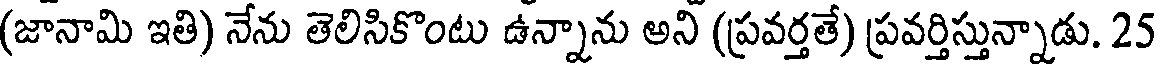
(జానామి ఇతి) నేను తెలిసికొంటు ఉన్నాను అని (ప్రవర్తతే) ప్రవర్తిస్తున్నాడు. 25